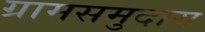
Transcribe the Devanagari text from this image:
ग्रामसमुदाय